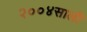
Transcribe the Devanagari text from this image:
२००४साली